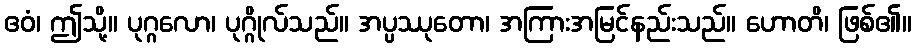
ဧဝံ၊ ဤသို့။ ပုဂ္ဂလော၊ ပုဂ္ဂိုလ်သည်။ အပ္ပဿုတော၊ အကြားအမြင်နည်းသည်။ ဟောတိ၊ ဖြစ်၏။